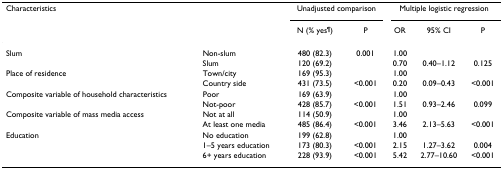
| Characteristics |  | <COLSPAN=2> Unadjusted comparison | <COLSPAN=3> Multiple logistic regression |
 |  |  | N (% yes¶) | P | OR | 95% CI | P |
 | --- | --- | --- | --- | --- | --- | --- |
 | Slum | Non-slum | 480 (82.3) | 0.001 | 1.00 |  |  |
 |  | Slum | 120 (69.2) |  | 0.70 | 0.40–1.12 | 0.125 |
 | Place of residence | Town/city | 169 (95.3) |  | 1.00 |  |  |
 |  | Country side | 431 (73.5) | <0.001 | 0.20 | 0.09–0.43 | <0.001 |
 | Composite variable of household characteristics | Poor | 169 (63.9) |  | 1.00 |  |  |
 |  | Not-poor | 428 (85.7) | <0.001 | 1.51 | 0.93–2.46 | 0.099 |
 | Composite variable of mass media access | Not at all | 114 (50.9) |  | 1.00 |  |  |
 |  | At least one media | 485 (86.4) | <0.001 | 3.46 | 2.13–5.63 | <0.001 |
 | Education | No education | 199 (62.8) |  | 1.00 |  |  |
 |  | 1–5 years education | 173 (80.3) | <0.001 | 2.15 | 1.27–3.62 | 0.004 |
 |  | 6+ years education | 228 (93.9) | <0.001 | 5.42 | 2.77–10.60 | <0.001 |